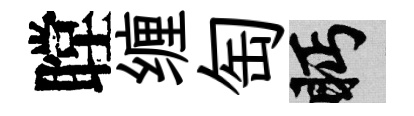
瞠缠匋眄